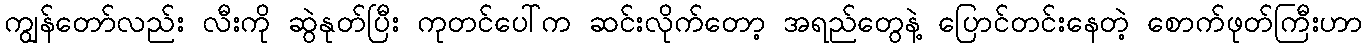
ကျွန်တော်လည်း လီးကို ဆွဲနုတ်ပြီး ကုတင်ပေါ်က ဆင်းလိုက်တော့ အရည်တွေနဲ့ ပြောင်တင်းနေတဲ့ စောက်ဖုတ်ကြီးဟာ